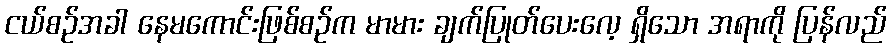
ငယ်စဉ်အခါ နေမကောင်းဖြစ်စဉ်က မာမား ချက်ပြုတ်ပေးလေ့ ရှိသော အရာကို ပြန်လည်